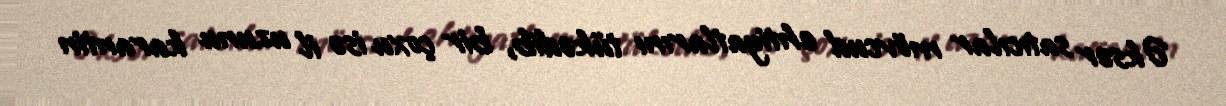
Əksər satıcılar mövcud ehtiyatlarını tükədib, bir çoxu isə il uzunu karantin